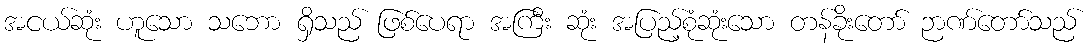
အငယ်ဆုံး ဟူသော သဘော ရှိသည် ဖြစ်ပေရာ အကြီး ဆုံး အပြည့်စုံဆုံးသော တန်ခိုးတော် ဉာဏ်တော်သည်